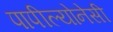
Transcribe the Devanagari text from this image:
पापील्योनेसी